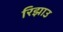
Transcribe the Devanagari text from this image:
रिझाउ